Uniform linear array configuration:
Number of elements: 32
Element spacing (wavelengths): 0.75
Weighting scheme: exponential
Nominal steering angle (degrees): -30
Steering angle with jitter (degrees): -30.338
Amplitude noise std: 0.05
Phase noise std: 0.05

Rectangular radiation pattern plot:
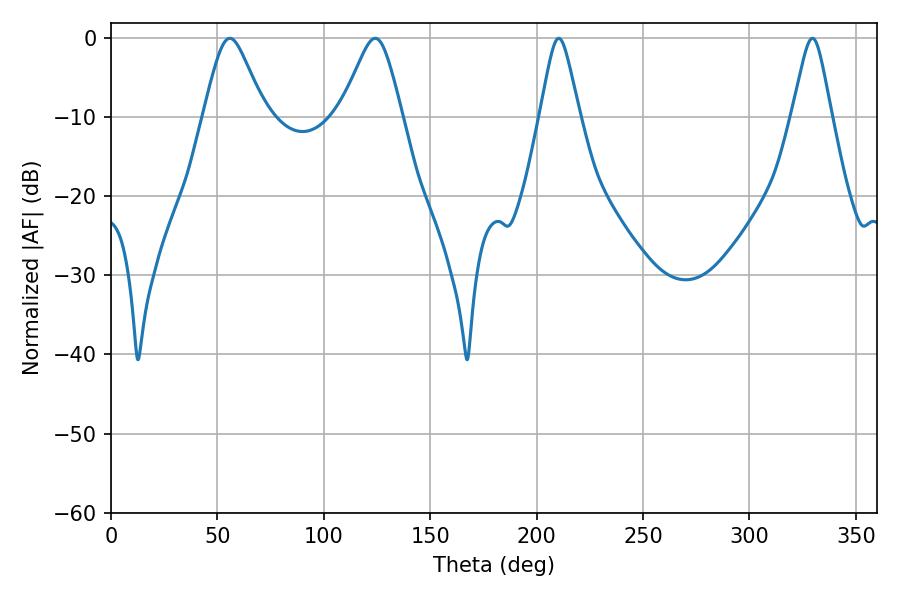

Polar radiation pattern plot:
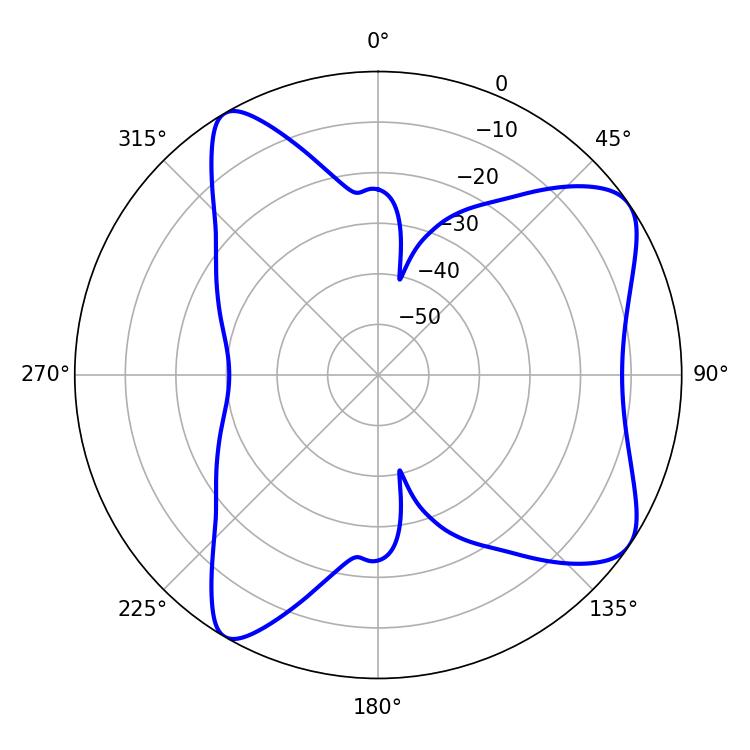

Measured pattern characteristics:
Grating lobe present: TRUE
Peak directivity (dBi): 7.92
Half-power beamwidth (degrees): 13.86
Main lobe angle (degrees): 55.8